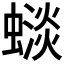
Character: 𧐽